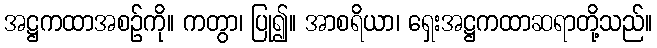
အဋ္ဌကထာအစဉ်ကို။ ကတွာ၊ ပြု၍။ အာစရိယာ၊ ရှေးအဋ္ဌကထာဆရာတို့သည်။